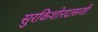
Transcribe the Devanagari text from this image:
सुरकिशोरदासजी